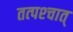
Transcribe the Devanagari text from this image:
तत्‍पश्‍चात्